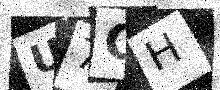
Text: U7CH